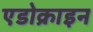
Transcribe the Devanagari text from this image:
एडोक्राइन